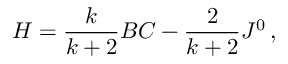
H = \frac { k } { k + 2 } B C - \frac { 2 } { k + 2 } J ^ { 0 } \, ,